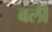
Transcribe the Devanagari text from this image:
बली